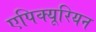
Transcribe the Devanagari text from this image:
एपिक्यूरियन